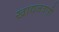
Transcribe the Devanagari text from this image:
खाद्यजत्राही